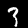
Digit: 3